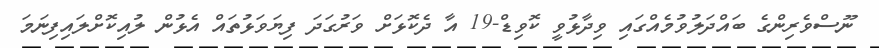
ނޫސްވެރިންގެ ބައްދަލުވުމެއްގައި ވިދާޅުވީ ކޮވިޑް-19 އާ ދެކޮޅަށް ވަރުގަދަ ފިޔަވަޅުތައް އެޅުން ލުއިކޮށްލައިފިނަމަ